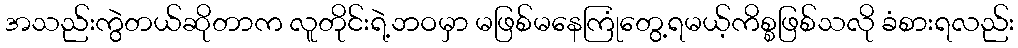
အသည်းကွဲတယ်ဆိုတာက လူတိုင်းရဲ့ဘဝမှာ မဖြစ်မနေကြုံတွေ့ရမယ့်ကိစ္စဖြစ်သလို ခံစားရလည်း